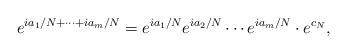
LaTeX: \begin{align*}e^{ia_1/N+\cdots +ia_m/N}=e^{ia_1/N}e^{ia_2/N}\cdots e^{ia_m/N}\cdot e^{c_N},\end{align*}